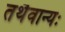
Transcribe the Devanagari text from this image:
तथैवान्यः